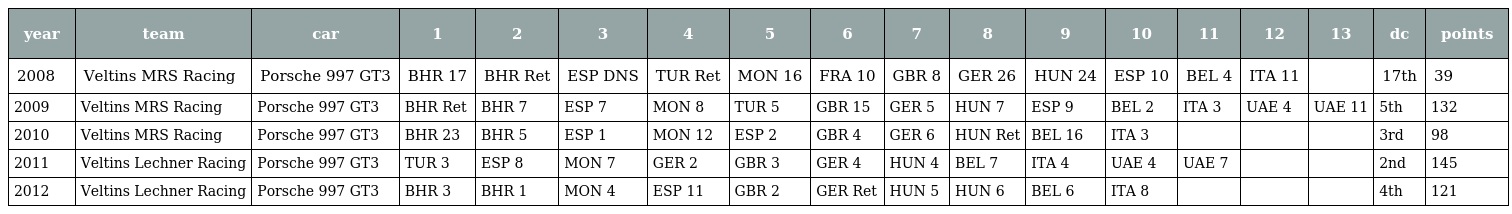
| year | team | car | 1 | 2 | 3 | 4 | 5 | 6 | 7 | 8 | 9 | 10 | 11 | 12 | 13 | dc | points |
 | --- | --- | --- | --- | --- | --- | --- | --- | --- | --- | --- | --- | --- | --- | --- | --- | --- | --- |
 | 2008 | Veltins MRS Racing | Porsche 997 GT3 | BHR 17 | BHR Ret | ESP DNS | TUR Ret | MON 16 | FRA 10 | GBR 8 | GER 26 | HUN 24 | ESP 10 | BEL 4 | ITA 11 |  | 17th | 39 |
 | 2009 | Veltins MRS Racing | Porsche 997 GT3 | BHR Ret | BHR 7 | ESP 7 | MON 8 | TUR 5 | GBR 15 | GER 5 | HUN 7 | ESP 9 | BEL 2 | ITA 3 | UAE 4 | UAE 11 | 5th | 132 |
 | 2010 | Veltins MRS Racing | Porsche 997 GT3 | BHR 23 | BHR 5 | ESP 1 | MON 12 | ESP 2 | GBR 4 | GER 6 | HUN Ret | BEL 16 | ITA 3 |  |  |  | 3rd | 98 |
 | 2011 | Veltins Lechner Racing | Porsche 997 GT3 | TUR 3 | ESP 8 | MON 7 | GER 2 | GBR 3 | GER 4 | HUN 4 | BEL 7 | ITA 4 | UAE 4 | UAE 7 |  |  | 2nd | 145 |
 | 2012 | Veltins Lechner Racing | Porsche 997 GT3 | BHR 3 | BHR 1 | MON 4 | ESP 11 | GBR 2 | GER Ret | HUN 5 | HUN 6 | BEL 6 | ITA 8 |  |  |  | 4th | 121 |